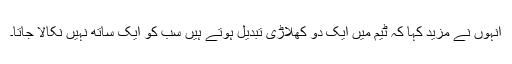
انہوں نے مزید کہا کہ ٹیم میں ایک دو کھلاڑی تبدیل ہوتے ہیں سب کو ایک ساتھ نہیں نکالا جاتا۔